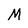
Character: M